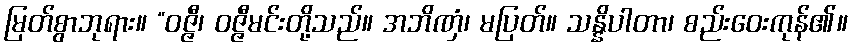
မြတ်စွာဘုရား။ “ဝဇ္ဇီ၊ ဝဇ္ဇီမင်းတို့သည်။ အဘိဏှံ၊ မပြတ်။ သန္နိပါတာ၊ စည်းဝေးကုန်၏။